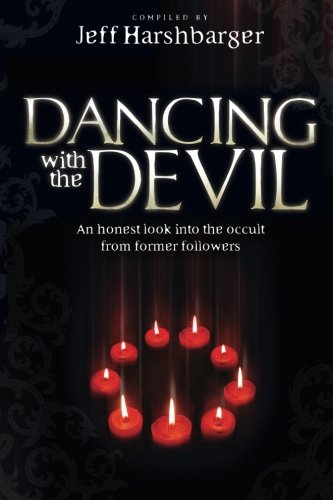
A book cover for Dancing  With the Devil: An Honest Look Into the Occult from Former Followers; Jeff Harshbarger; Religion & Spirituality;